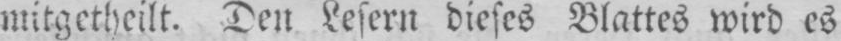
mitgetheilt. Den Lesern dieses Blattes wird es